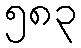
၅၈၃